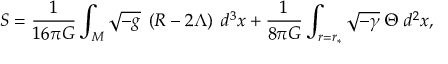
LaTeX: S = \frac { 1 } { 1 6 \pi G } \int _ { M } \sqrt { - g } \; \left( R - 2 \Lambda \right) \; d ^ { 3 } x + \frac { 1 } { 8 \pi G } \int _ { r = r _ { \ast } } \sqrt { - \gamma } \; \Theta \; d ^ { 2 } x ,